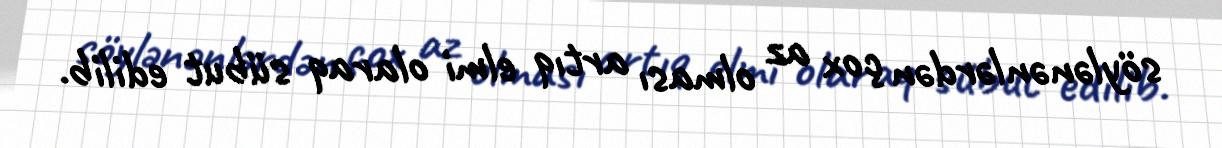
söylənənlərdən çox az olması artıq elmi olaraq sübut edilib.